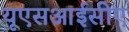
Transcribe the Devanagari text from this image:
यूएसआईसीए